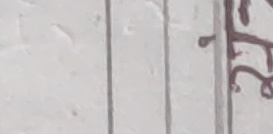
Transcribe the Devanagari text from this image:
ल२